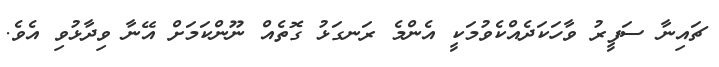
ޗައިނާ ސަފީރު ވާހަކަދެއްކެވުމަކީ އެންމެ ރަނގަޅު ގޮތެއް ނޫންކަމަށް އޭނާ ވިދާޅުވި އެވެ.